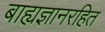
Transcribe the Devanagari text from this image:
बाह्यज्ञानरहित